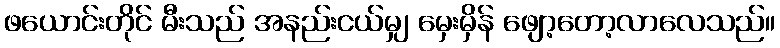
ဖယောင်းတိုင် မီးသည် အနည်းငယ်မျှ မှေးမှိန် ဖျော့တော့လာလေသည်။